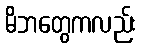
မိဘတွေကလည်း